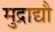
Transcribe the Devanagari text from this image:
मुद्राद्यौ